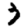
Digit: 3